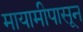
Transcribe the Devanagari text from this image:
मायामीपासून